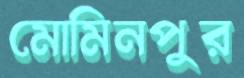
মোমিনপুর